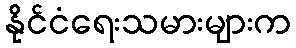
နိုင်ငံရေးသမားများက